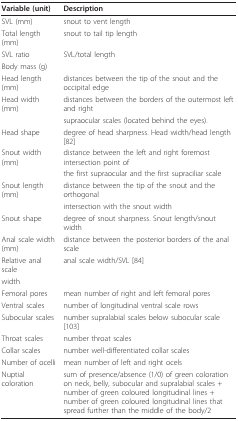
<table><thead><tr><td><b>Variable (unit)</b></td><td><b>Description</b></td></tr></thead><tbody><tr><td>SVL (mm)</td><td>snout to vent length</td></tr><tr><td>Total length (mm)</td><td>snout to tail tip length</td></tr><tr><td>SVL ratio</td><td>SVL/total length</td></tr><tr><td>Body mass (g)</td><td></td></tr><tr><td>Head length (mm)</td><td>distances between the tip of the snout and the occipital edge</td></tr><tr><td>Head width (mm)</td><td>distances between the borders of the outermost left and right</td></tr><tr><td></td><td>supraocular scales (located behind the eyes).</td></tr><tr><td>Head shape</td><td>degree of head sharpness. Head width/head length [82]</td></tr><tr><td>Snout width (mm)</td><td>distance between the left and right foremost intersection point of</td></tr><tr><td></td><td>the first supraocular and the first supraciliar scale</td></tr><tr><td>Snout length (mm)</td><td>distance between the tip of the snout and the orthogonal</td></tr><tr><td></td><td>intersection with the snout width</td></tr><tr><td>Snout shape</td><td>degree of snout sharpness. Snout length/snout width</td></tr><tr><td>Anal scale width (mm)</td><td>distance between the posterior borders of the anal scale</td></tr><tr><td>Relative anal scale</td><td>anal scale width/SVL [84]</td></tr><tr><td>width</td><td></td></tr><tr><td>Femoral pores</td><td>mean number of right and left femoral pores</td></tr><tr><td>Ventral scales</td><td>number of longitudinal ventral scale rows</td></tr><tr><td>Subocular scales</td><td>number supralabial scales below subocular scale [103]</td></tr><tr><td>Throat scales</td><td>number throat scales</td></tr><tr><td>Collar scales</td><td>number well-differentiated collar scales</td></tr><tr><td>Number of ocelli</td><td>mean number of left and right ocels</td></tr><tr><td>Nuptial coloration</td><td>sum of presence/absence (1/0) of green coloration on neck, belly, subocular and supralabial scales + number of green coloured longitudinal lines + number of green coloured longitudinal lines that spread further than the middle of the body/2</td></tr></tbody></table>